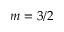
m = 3 / 2